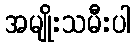
အမျိုးသမီးပါ